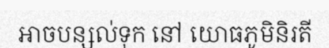
អាចបន្សល់ទុក នៅ យោធភូមិនិរតី